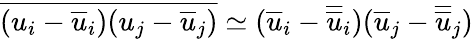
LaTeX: \overline{{(u_{i}-\overline{{u}}_{i})(u_{j}-\overline{{u}}_{j})}}\simeq(\overline{{u}}_{i}-\overline{{\overline{{u}}}}_{i})(\overline{{u}}_{j}-\overline{{\overline{{u}}}}_{j})